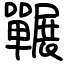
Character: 囅